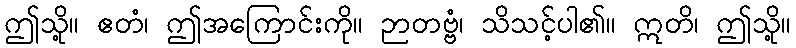
ဤသို့။ ဧတံ၊ ဤအကြောင်းကို။ ဉာတဗ္ဗံ၊ သိသင့်ပါ၏။ ဣတိ၊ ဤသို့။